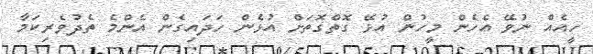
ހީއެއް ނުވޭ އެހެން މީހުން އުޅޭ ގޮތްގޮތަށް އުޅެން ހަދައިގެން އެންމެ ތެދުވެރިކަމާ